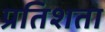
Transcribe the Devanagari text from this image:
प्रतिशता